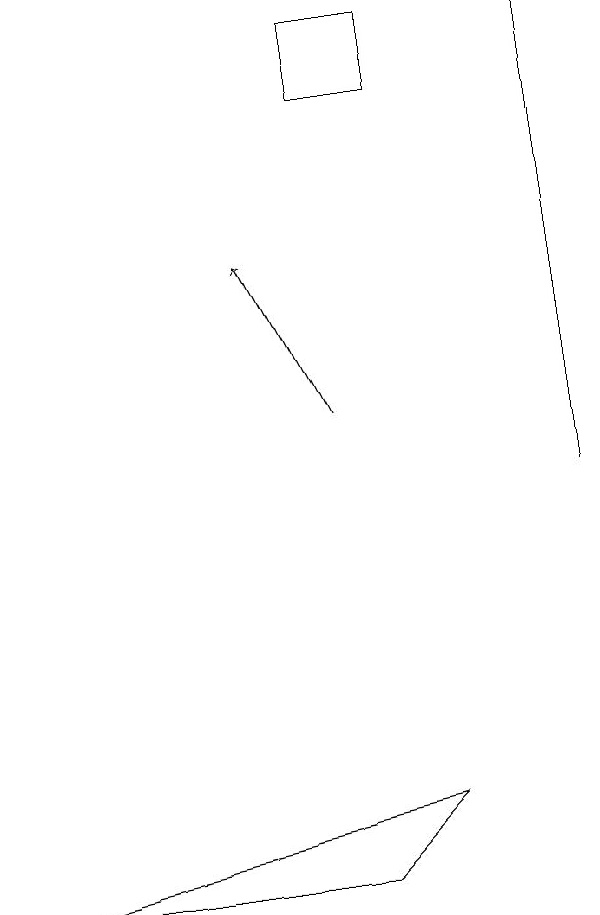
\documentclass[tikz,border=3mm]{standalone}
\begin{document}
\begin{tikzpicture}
\draw[->] (6,12) -- (5,14);
\draw (6,17) rectangle (7,16);
\draw[->] (9,11) -- (9,17);
\draw (7,7) -- (2,6) -- (6,6) -- cycle;
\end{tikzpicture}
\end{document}